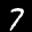
Label: 7